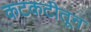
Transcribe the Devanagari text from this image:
कटकटीतून